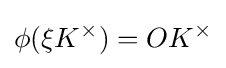
\phi (\xi K^{\times })=OK^{\times }